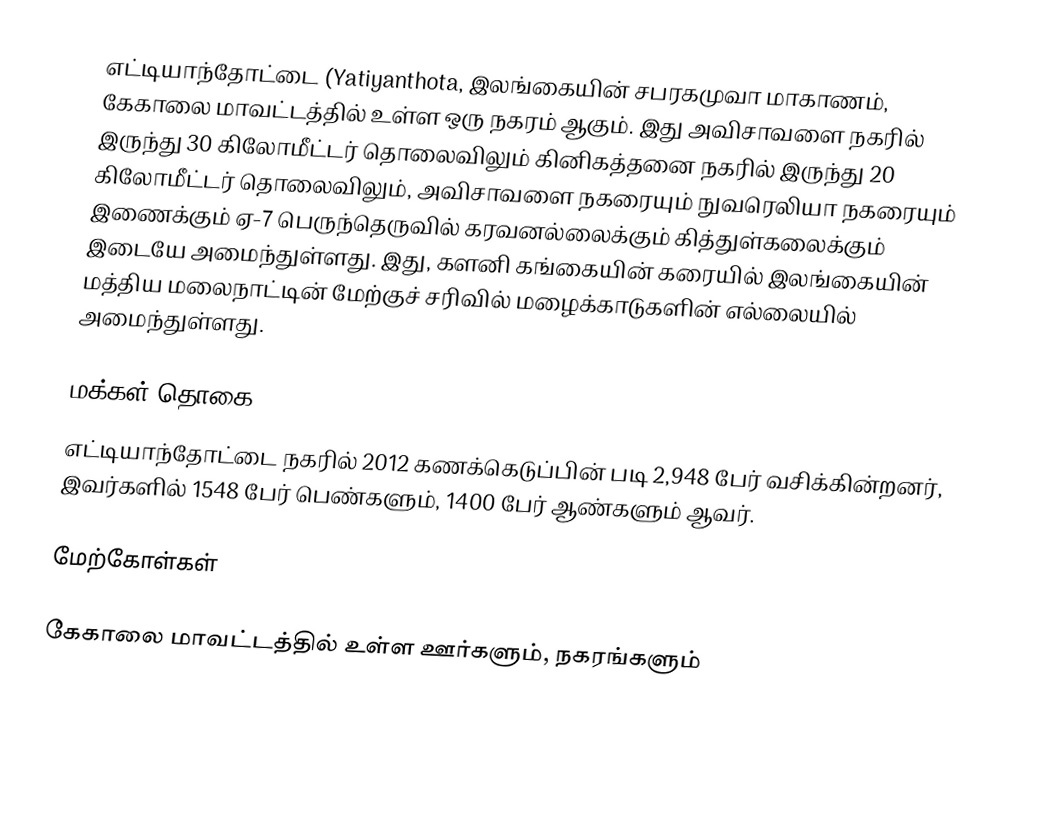
எட்டியாந்தோட்டை (Yatiyanthota,  இலங்கையின் சபரகமுவா மாகாணம், கேகாலை மாவட்டத்தில் உள்ள ஒரு நகரம் ஆகும். இது அவிசாவளை நகரில் இருந்து 30 கிலோமீட்டர் தொலைவிலும் கினிகத்தனை நகரில் இருந்து 20 கிலோமீட்டர் தொலைவிலும், அவிசாவளை நகரையும் நுவரெலியா நகரையும் இணைக்கும் ஏ-7 பெருந்தெருவில்  கரவனல்லைக்கும் கித்துள்கலைக்கும் இடையே அமைந்துள்ளது. இது, களனி கங்கையின் கரையில் இலங்கையின் மத்திய மலைநாட்டின் மேற்குச் சரிவில் மழைக்காடுகளின் எல்லையில் அமைந்துள்ளது.

மக்கள் தொகை
எட்டியாந்தோட்டை நகரில் 2012 கணக்கெடுப்பின் படி 2,948 பேர் வசிக்கின்றனர், இவர்களில் 1548 பேர் பெண்களும், 1400 பேர் ஆண்களும் ஆவர்.

மேற்கோள்கள்

கேகாலை மாவட்டத்தில் உள்ள ஊர்களும், நகரங்களும்